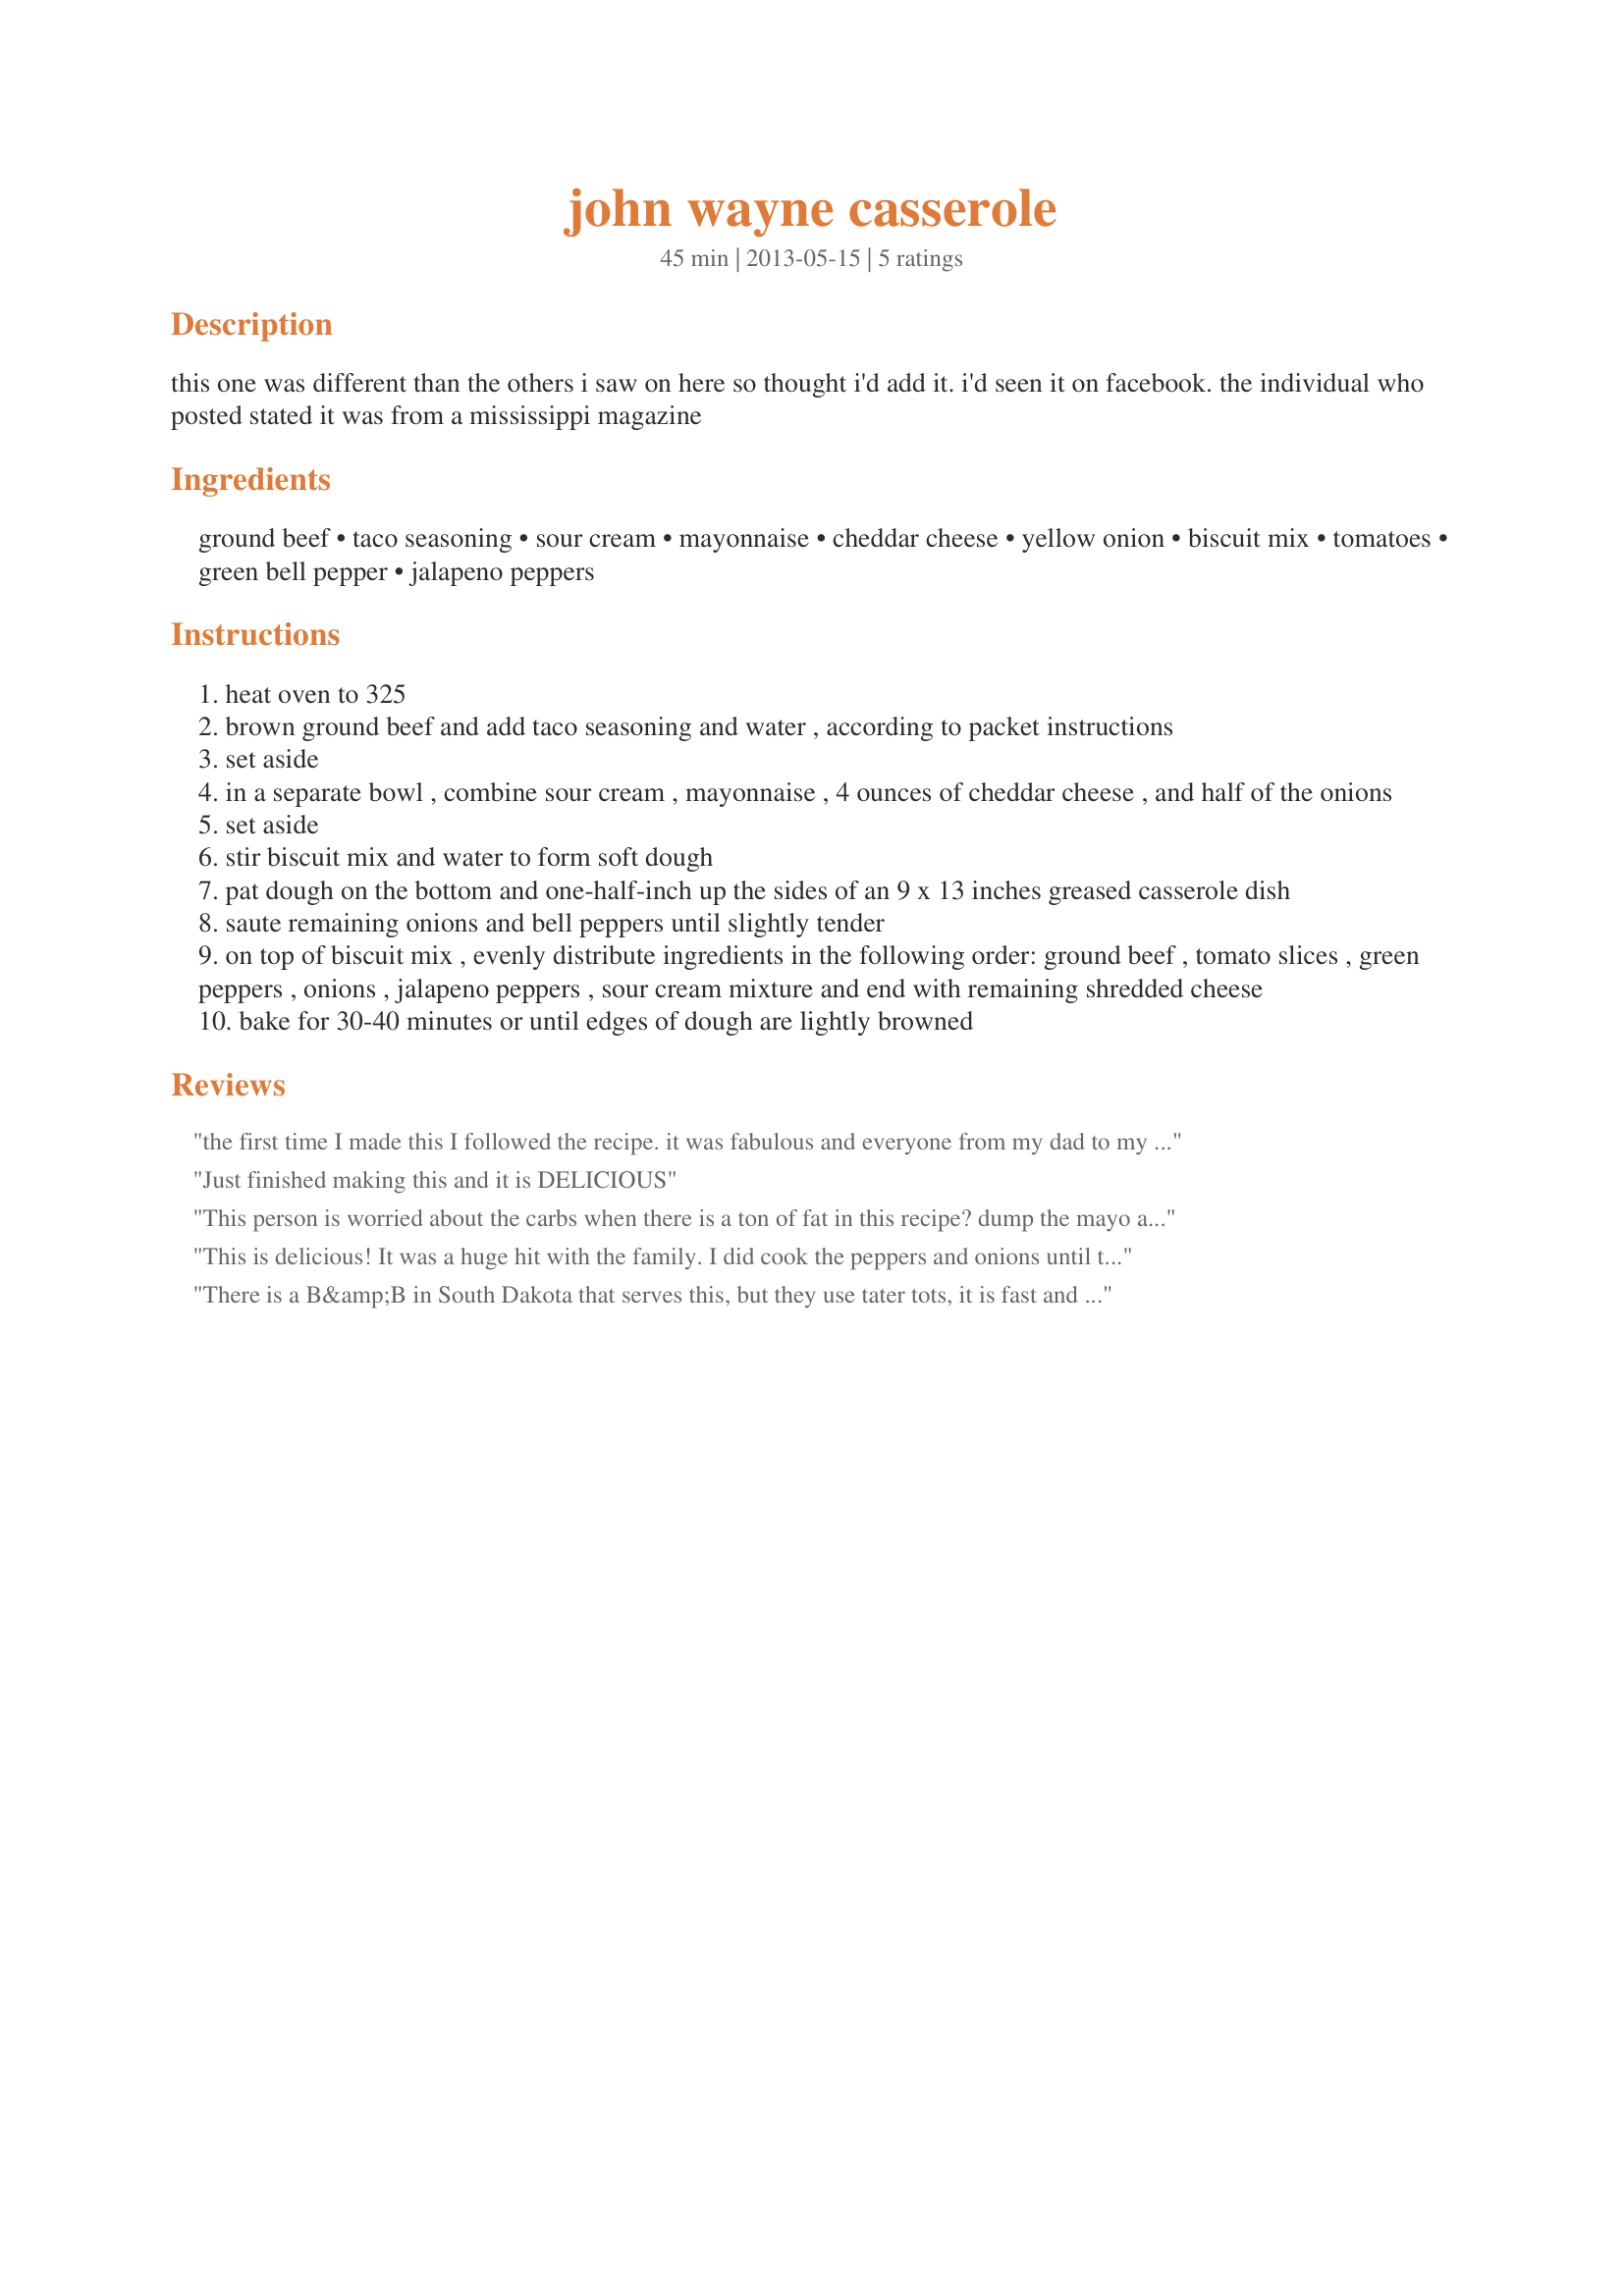
john wayne casserole
Preparation time: 45 minutes

this one was different than the others i saw on here so thought i'd add it.

i'd seen it on facebook. the individual who posted stated it was from a mississippi magazine

Ingredients:
ground beef, taco seasoning, sour cream, mayonnaise, cheddar cheese, yellow onion, biscuit mix, tomatoes, green bell pepper, jalapeno peppers

Steps:
heat oven to 325
brown ground beef and add taco seasoning and water , according to packet instructions
set aside
in a separate bowl , combine sour cream , mayonnaise , 4 ounces of cheddar cheese , and half of the onions
set aside
stir biscuit mix and water to form soft dough
pat dough on the bottom and one-half-inch up the sides of an 9 x 13 inches greased casserole dish
saute remaining onions and bell peppers until slightly tender
on top of biscuit mix , evenly distribute ingredients in the following order: ground beef , tomato slices , green peppers , onions , jalapeno peppers , sour cream mixture and end with remaining shredded cheese
bake for 30-40 minutes or until edges of dough are lightly browned

Reviews:
the first time I made this I followed the recipe. it was fabulous and everyone from my dad to my 2 year old grandson loved it. i just put another one in the oven and this one i did tweak the recipe but only in the respect of using some of the things i wanted to get rid of from the fridge. last night i made tacos and chicken black bean quesadillas. i had some left over black beans so i sprinkled them on top of the tomato layer. i didn't have (nor do i care for) green peppers so i used orange/red/yellow mini peppers. i had half a fresh jalapeno left over from making salsa so i minced just a little and cooked that with the peppers and onions. i used just a bit because of the kids. lastly, i mixed the mayo, sour cream, green onions (about three chopped well) and the cheese altogether and spread that on the top. i did think about putting some black olives on top but decided not this time. the reason i put the last four ingredients together is that my dad mentioned the first time that it was too thick of a layer so i thought mixing it will make it a bit better for him. anything for dad! looking forward to trying it out but i am sure that it will be delish as the basic recipe was not changed with the addition of the black beans.
Just finished making this and it is DELICIOUS
This person is worried about the carbs when there is a ton of fat in this recipe? dump the mayo and use lite sour cream!
This is delicious! It was a huge hit with the family. I did cook the peppers and onions until they were almost caramelized and omitted the jalapenos on half of the casserole for the little ones. The biscuit base makes a perfect tex-mex dish. Will use again!
There is a B&amp;B in South Dakota that serves this, but they use tater tots, it is fast and easy. I dice up potatoes and use those instead to save on calories and going to try substituting cream of mushroom soup for the mayo and see how that works out.
